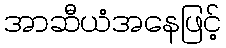
အာဆီယံအနေဖြင့်